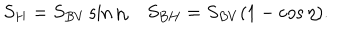
LaTeX: S _ { H } = S _ { B V } \sin \eta , S _ { B H } = S _ { B V } ( 1 - \cos \eta ) .